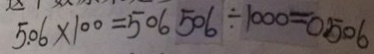
5 . 0 6 \times 1 0 0 = 5 0 6 5 0 6 \div 1 0 0 0 = 0 . 5 0 6